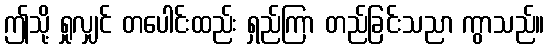
ဤသို့ ရှုလျှင် တပေါင်းထည်း ရှည်ကြာ တည်ခြင်းသညာ ကွာသည်။